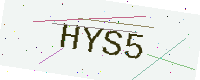
Text: HYS5